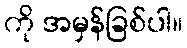
ကို အမှန်ခြစ်ပါ။